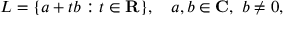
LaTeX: L = \{ a + t b : t \in \mathbf { R } \} , \quad a , b \in \mathbf { C } , \ b \neq 0 ,